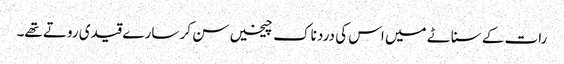
رات کے سناٹے میں اس کی درد ناک چیخیں سن کر سارے قیدی روتے تھے۔